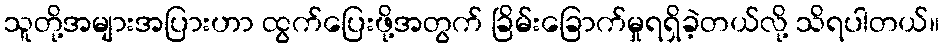
သူတို့အများအပြားဟာ ထွက်ပြေးဖို့အတွက် ခြိမ်းခြောက်မှုရရှိခဲ့တယ်လို့ သိရပါတယ်။